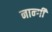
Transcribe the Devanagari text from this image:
नार्न्गी